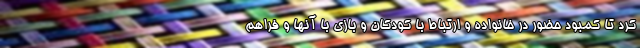
کرد تا کمبود حضور در خانواده و ارتباط با کودکان و بازی با آنها و فراهم